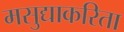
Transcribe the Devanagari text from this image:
मसुद्याकरिता